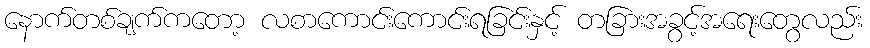
နောက်တစ်ချက်ကတော့ လစာကောင်းကောင်းရခြင်းနှင့် တခြားအခွင့်အရေးတွေလည်း